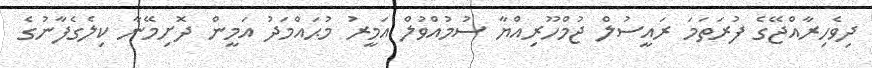
ދިވެހިރާއްޖޭގެ ފުރަތަމަ ރައީސުލް ޖުމްހޫރިއްޔާ ސުމުއްވުލް އަމީރު މުޙައްމަދު އަމީން ދޮށިމޭނާ ކިލެގެފާނުގެ